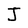
Character: J